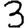
Digit: 3